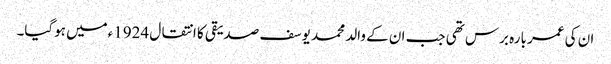
ان کی عمر بارہ برس تھی جب ان کے والد محمد یوسف صدیقی کا انتقال 1924ءمیں ہوگیا۔